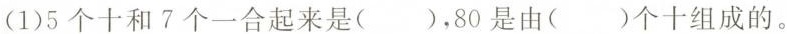
(1)5个十和7个一合起来是( )，80是由(